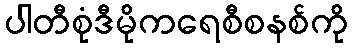
ပါတီစုံဒီမိုကရေစီစနစ်ကို